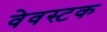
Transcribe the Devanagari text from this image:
वेवस्टक